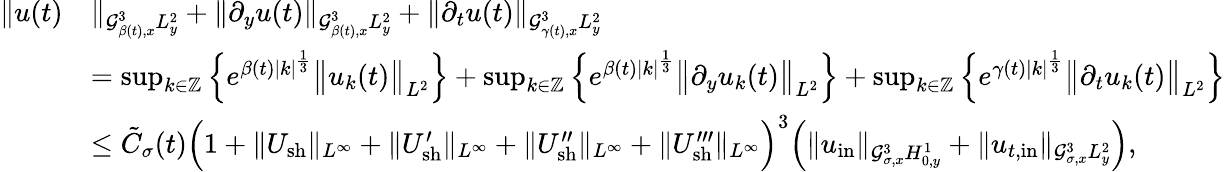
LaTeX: \begin{array}{rl}{\| u(t)}&{\| _{\mathcal{G}_{\beta(t),x}^{3}L_{y}^{2}}+\| \partial_{y}u(t)\| _{\mathcal{G}_{\beta(t),x}^{3}L_{y}^{2}}+\| \partial_{t}u(t)\| _{\mathcal{G}_{\gamma(t),x}^{3}L_{y}^{2}}}\\ &{=\operatorname*{sup}_{k\in\mathbb Z}\Big\{ e^{\beta(t)|k|^{\frac{1}{3}}}\big\| u_{k}(t)\big\| _{L^{2}}\Big\} +\operatorname*{sup}_{k\in\mathbb Z}\Big\{ e^{\beta(t)|k|^{\frac{1}{3}}}\big\| \partial_{y}u_{k}(t)\big\| _{L^{2}}\Big\} +\operatorname*{sup}_{k\in\mathbb Z}\Big\{ e^{\gamma(t)|k|^{\frac{1}{3}}}\big\| \partial_{t}u_{k}(t)\big\| _{L^{2}}\Big\} }\\ &{\leq\tilde{C}_{\sigma}(t)\Big(1+\| U_{\mathrm{sh}}\| _{L^{\infty}}+\| U_{\mathrm{sh}}^{\prime}\| _{L^{\infty}}+\| U_{\mathrm{sh}}^{\prime\prime}\| _{L^{\infty}}+\| U_{\mathrm{sh}}^{\prime\prime\prime}\| _{L^{\infty}}\Big)^{3}\Big(\| u_{\mathrm{in}}\| _{\mathcal{G}_{\sigma,x}^{3}H_{0,y}^{1}}+\| u_{t,\mathrm{in}}\| _{\mathcal{G}_{\sigma,x}^{3}L_{y}^{2}}\Big),}\end{array}